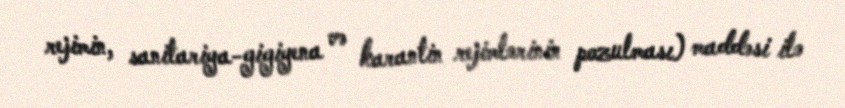
rejimin, sanitariya-gigiyena və karantin rejimlərinin pozulması) maddəsi ilə